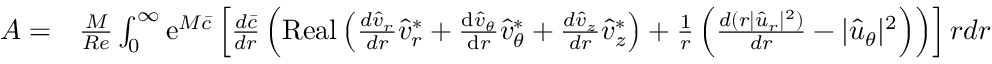
\begin{array} { r l } { A = } & { \frac { M } { R e } \int _ { 0 } ^ { \infty } \mathrm { e } ^ { M \bar { c } } \left[ \frac { d \bar { c } } { d r } \left( \operatorname { R e a l } \left( \frac { d \hat { v } _ { r } } { d r } \hat { v } _ { r } ^ { * } + \frac { \mathrm { d } \hat { v } _ { \theta } } { \mathrm { d } r } \hat { v } _ { \theta } ^ { * } + \frac { d \hat { v } _ { z } } { d r } \hat { v } _ { z } ^ { * } \right) + \frac { 1 } { r } \left( \frac { d ( r | \hat { u } _ { r } | ^ { 2 } ) } { d r } - | \hat { u } _ { \theta } | ^ { 2 } \right) \right) \right] r d r } \end{array}